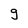
Character: g